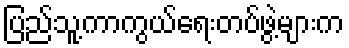
ပြည်သူ့ကာကွယ်ရေးတပ်ဖွဲ့များက